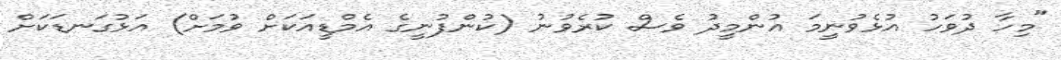
"މިހާ ދުވަހު އުޅެވުނީމަ އުންމީދު ވެސް ކުރެވުނު (ކުންފުނީގެ އެމްޑީއަކަށް ވުމަށް) އަޅުގަނޑަކަށް